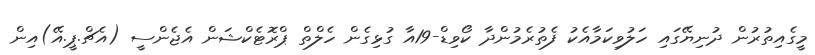
މީގެއިތުރުން ދުނިޔޭގައި ހަލުވިކަމާއެކު ފެތުރެމުންދާ ކޯވިޑް-19އާ ގުޅިގެން ހެލްތް ޕްރޮޓެކްޝަން އެޖެންސީ (އެޗް.ޕީ.އޭ)އިން